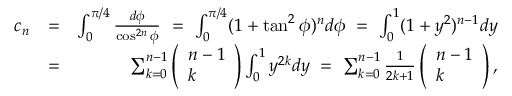
\begin{array} { r l r } { c _ { n } } & { = } & { \int _ { 0 } ^ { \pi / 4 } \frac { d \phi } { \cos ^ { 2 n } \phi } \ = \ \int _ { 0 } ^ { \pi / 4 } ( 1 + \tan ^ { 2 } \phi ) ^ { n } d \phi \ = \ \int _ { 0 } ^ { 1 } ( 1 + y ^ { 2 } ) ^ { n - 1 } d y } \\ & { = } & { \sum _ { k = 0 } ^ { n - 1 } \left( \begin{array} { l } { n - 1 } \\ { k } \end{array} \right) \int _ { 0 } ^ { 1 } y ^ { 2 k } d y \ = \ \sum _ { k = 0 } ^ { n - 1 } \frac { 1 } { 2 k + 1 } \left( \begin{array} { l } { n - 1 } \\ { k } \end{array} \right) , } \end{array}